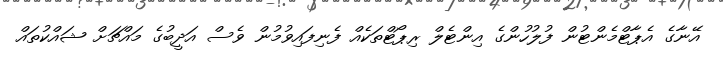
އޭނާގެ އެޕާޓްމެންޓުން ފުލުހުންގެ އިންޓެލް ރިޕޯޓްތަކެއް ފެނިފައިވުމުން ވެސް އަދީބުގެ މައްޗަށް ޝައްކުތައް